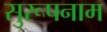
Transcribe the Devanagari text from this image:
सुरूपनाम